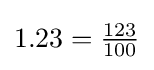
1.23={\tfrac {123}{100}}